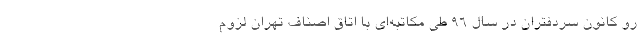
رو کانون سردفتران در سال ۹۶ طی مکاتبه‌ای با اتاق اصناف تهران لزوم